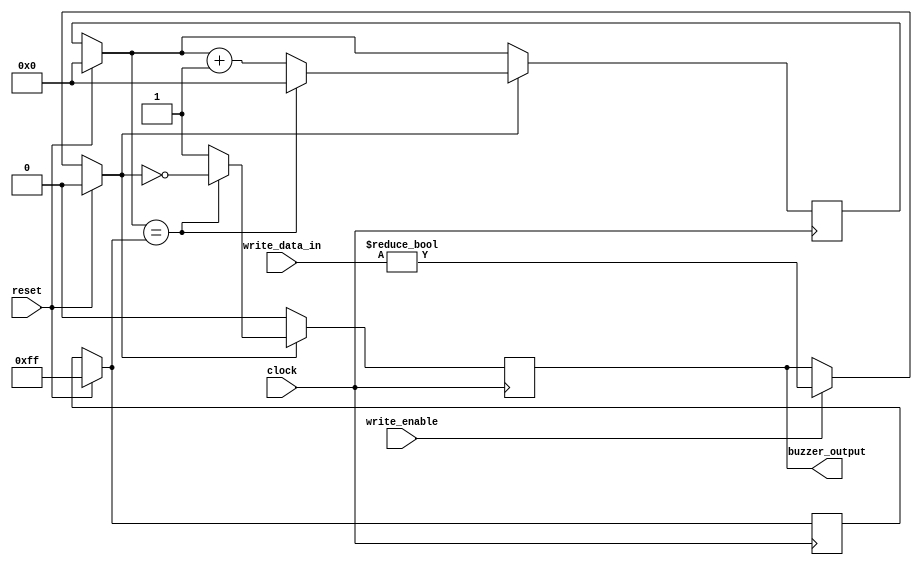
`timescale 1ns / 1ps
//////////////////////////////////////////////////////////////////////////////////
// Company: 
// Engineer: 
// 
// Design Name: 
// Module Name: buzzer
// Project Name: 
// Target Devices: 
// Tool Versions: 
// Description: 
// 
// Dependencies: 
// 
// Revision:
// Revision 0.01 - File Created
// Additional Comments:
// 
//////////////////////////////////////////////////////////////////////////////////


module buzzer(
    input clock,
    input reset,
    input write_enable,     // 
    input [15:0] write_data_in,
    output reg buzzer_output
    );
    reg[8:0]   maximum;         
    reg[8:0]   counter;
    always @(posedge clock) begin
        if (reset == 1) begin
            counter = 8'h00;
            maximum = 8'hFF; // 
            buzzer_output = 1'b0;
        end else if (write_enable) 
            buzzer_output = (write_data_in!=32'd0);
        if (buzzer_output == 1'b1) begin    
            if (counter == maximum) begin
                counter = 8'd0;
                buzzer_output = ~buzzer_output;
            end else
                counter = counter + 8'd1;
        end
    end
endmodule